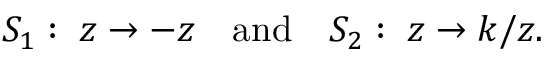
S _ { 1 } : \; z \to - z \quad \mathrm { a n d } \quad S _ { 2 } : \; z \to k / z .